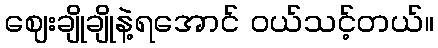
ဈေးချိုချိုနဲ့ရအောင် ဝယ်သင့်တယ်။